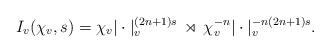
LaTeX: \begin{align*} I_v(\chi_v,s)=\chi_v|\cdot|_v^{(2n+1)s}\,\rtimes\,\chi_v^{-n}|\cdot|_v^{-n(2n+1)s}.\end{align*}